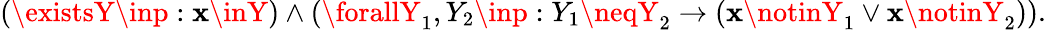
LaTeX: (\existsY\inp:\mathbf{x}\inY)\land(\forallY_{1},Y_{2}\inp:Y_{1}\neqY_{2}\rightarrow(\mathbf{x}\notinY_{1}\lor\mathbf{x}\notinY_{2})).